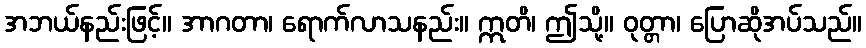
အဘယ်နည်းဖြင့်။ အာဂတာ၊ ရောက်လာသနည်း။ ဣတိ၊ ဤသို့။ ဝုတ္တာ၊ ပြောဆိုအပ်သည်။